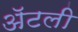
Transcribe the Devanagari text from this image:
अॅटली